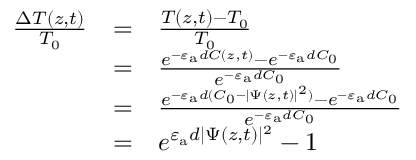
\begin{array} { c c l } { \frac { \Delta T ( z , t ) } { T _ { 0 } } } & { = } & { \frac { T ( z , t ) - T _ { 0 } } { T _ { 0 } } } \\ & { = } & { \frac { e ^ { - \varepsilon _ { \mathrm { a } } d C ( { z , t } ) } - e ^ { - \varepsilon _ { \mathrm { a } } d C _ { 0 } } } { e ^ { - \varepsilon _ { \mathrm { a } } d C _ { 0 } } } } \\ & { = } & { \frac { e ^ { - \varepsilon _ { \mathrm { a } } d ( C _ { 0 } - | \Psi ( z , t ) | ^ { 2 } ) } - e ^ { - \varepsilon _ { \mathrm { a } } d C _ { 0 } } } { e ^ { - \varepsilon _ { \mathrm { a } } d C _ { 0 } } } } \\ & { = } & { e ^ { \varepsilon _ { \mathrm { a } } d | \Psi ( z , t ) | ^ { 2 } } - 1 } \end{array}